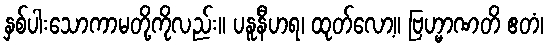
နှစ်ပါးသောကာမတို့ကိုလည်း။ ပနူနီဟရ၊ ထုတ်လော့။ ဗြဟ္မာဏတိ ဧတံ၊